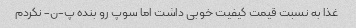
غذا به نسبت قیمت کیفیت خوبی داشت اما سوپ رو بنده پ-ن- نکردم